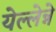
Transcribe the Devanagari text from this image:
येल्लेन्ने